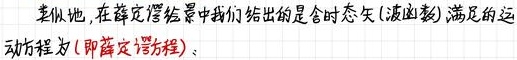
类似地, 在薛定谔绘景中我们给出的是含时态矢 (波函数), 满足的运动方程为 (即薛定谔方程):